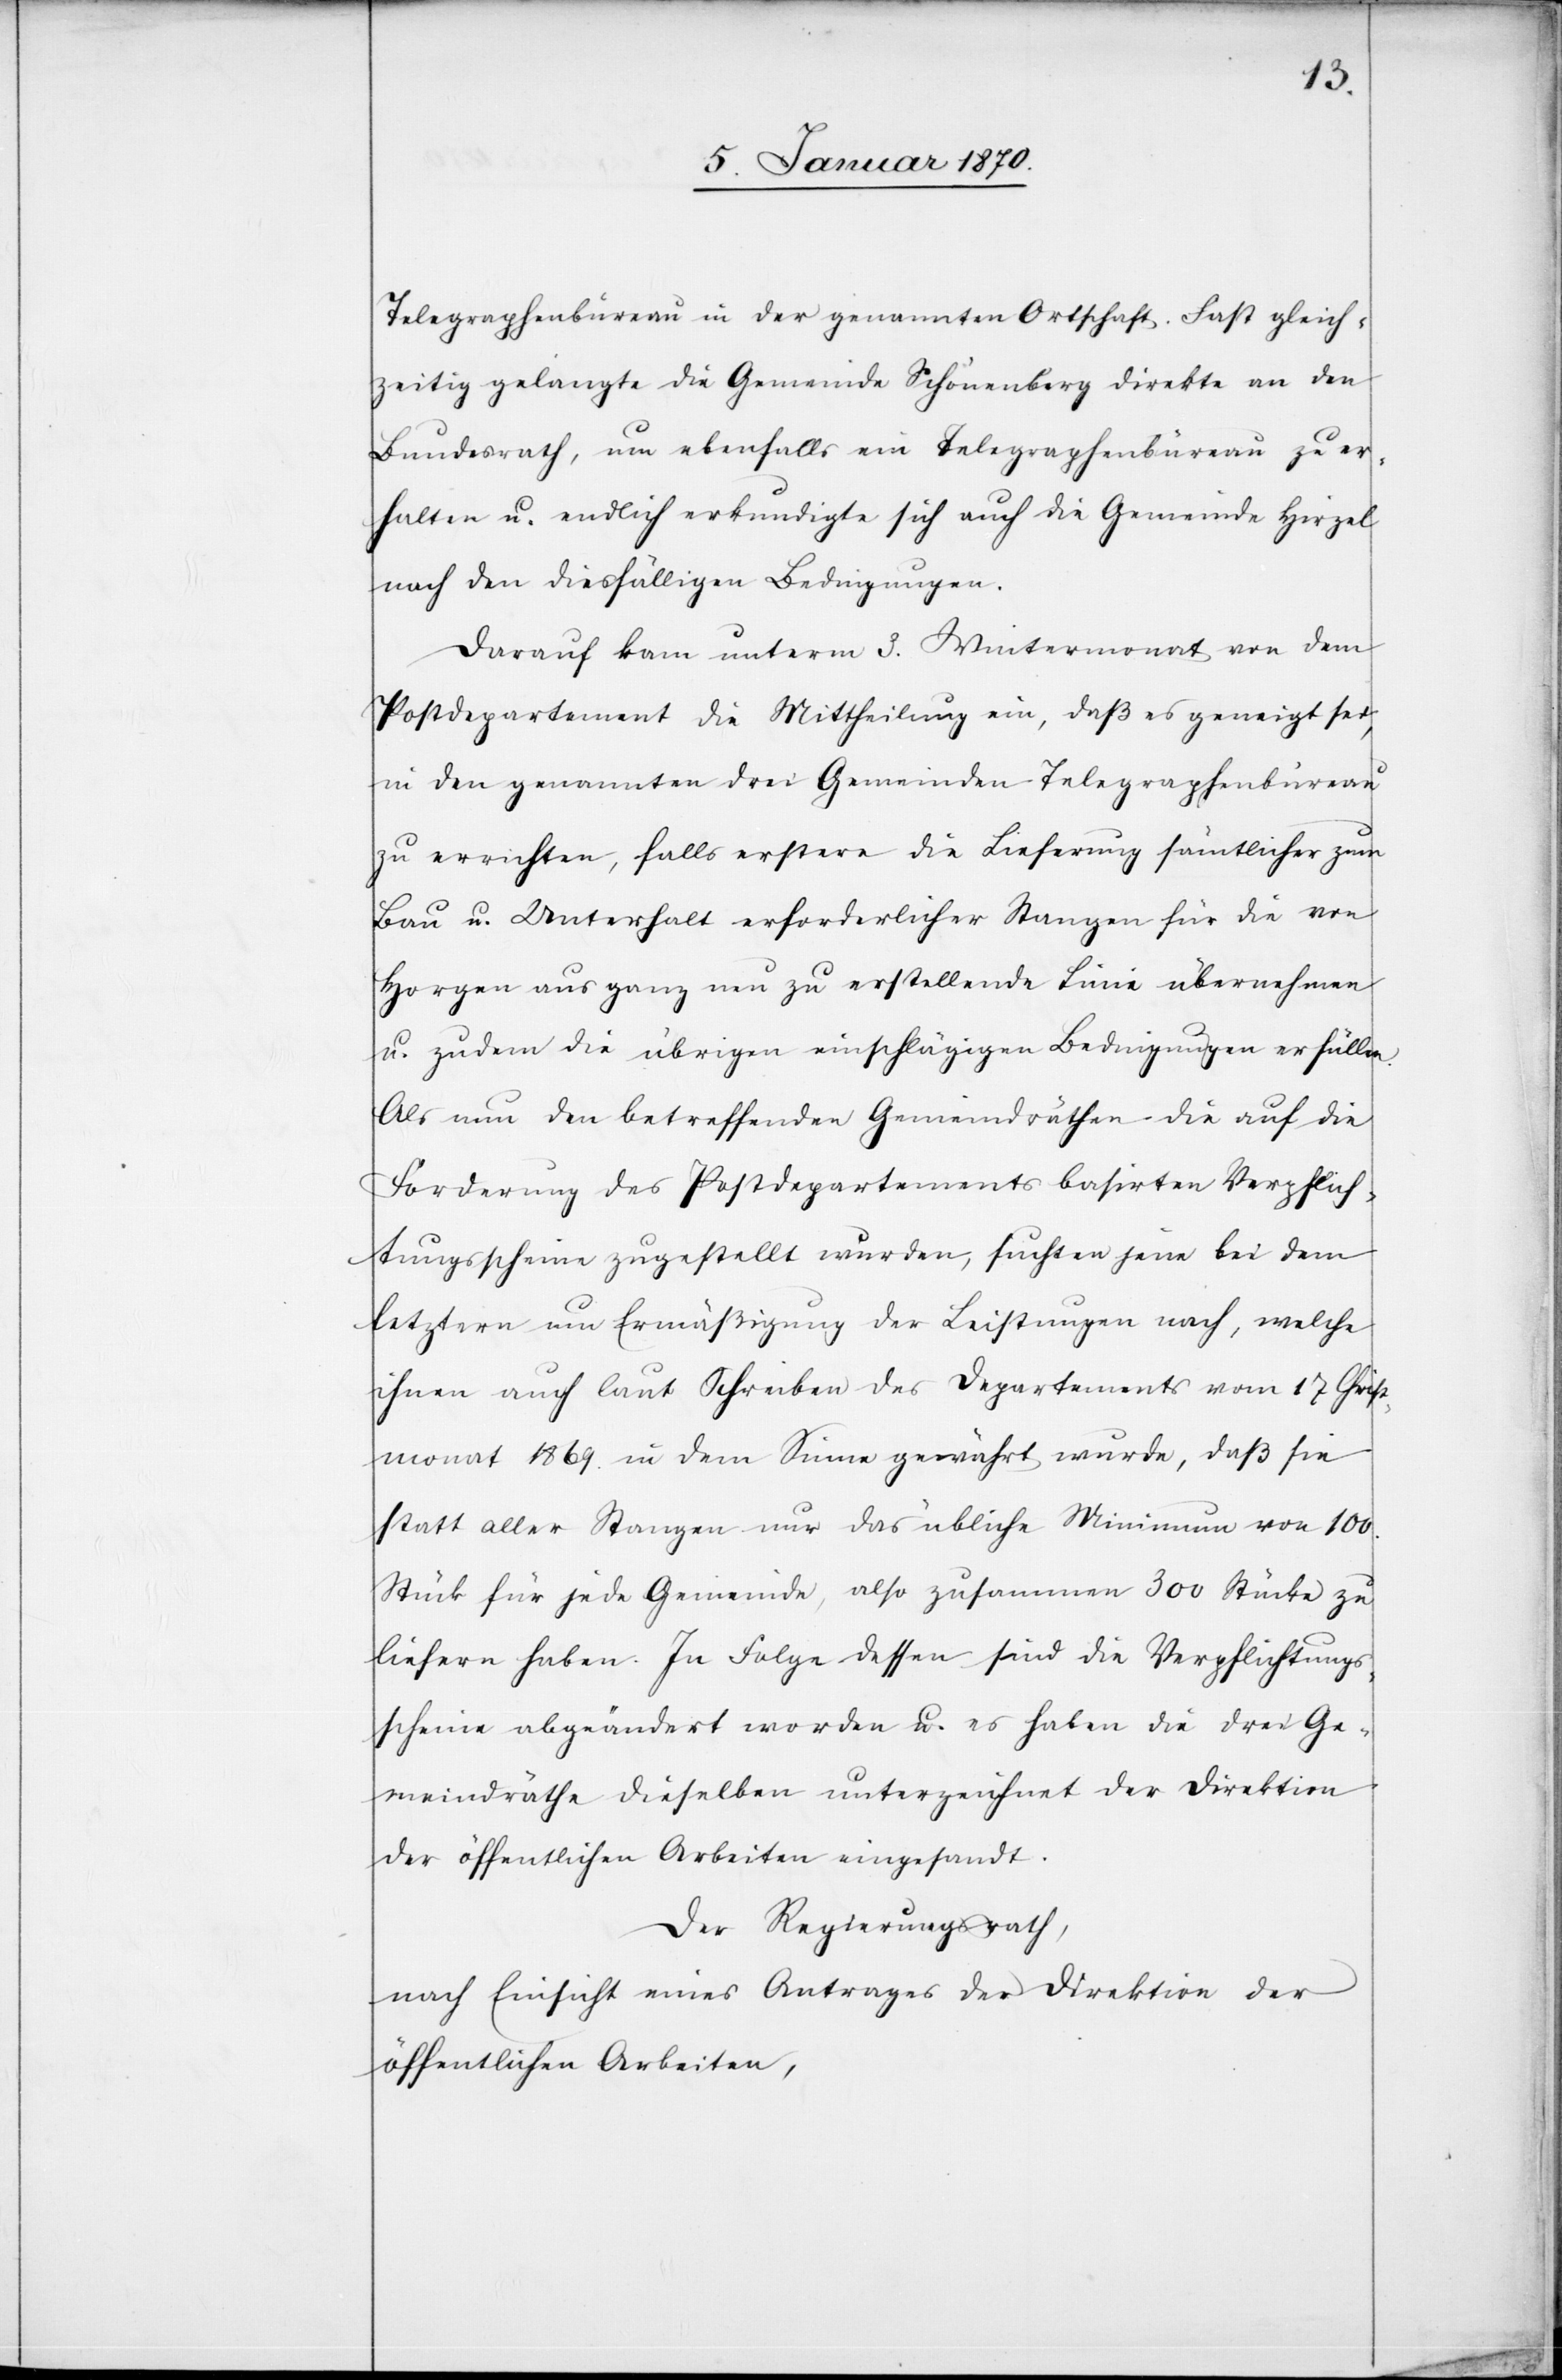
Telegraphenbüreau in der genannten Ortschaft. Fast gleich¬
zeitig gelangte die Gemeinde Schönenberg direkte an den
Bundesrath, um ebenfalls ein Telegraphenbüreau zu er¬
halten u. endlich erkundigte sich auch die Gemeinde Hirzel
nach den diesfälligen Bedingungen.
Darauf kam unterm 3. Wintermonat von dem
Postdepartement die Mittheilung ein, daß es geneigt sei,
in den genannten drei Gemeinden Telegraphenbüreau
zu errichten, falls erstere die Lieferung sämtlicher zum
Bau u. Unterhalt erforderlicher Stangen für die von
Horgen aus ganz neu zu erstellende Linie übernehmen
u. zudem die übrigen einschlägigen Bedingungen erfüllen.
Als nun den betreffenden Gemeindräthen die auf die
Forderung des Postdepartements basirten Verpflich¬
tungsscheine zugestellt wurden, suchten jene bei dem
letztern um Ermäßigung der Leistungen nach, welche
ihnen auch laut Schreiben des Departements vom 17 Christ¬
monat 1869. in dem Sinne gewährt wurde, daß sie
statt aller Stangen nur das übliche Minimum von 100.
Stück für jede Gemeinde, also zusammen 300 Stücke zu
liefern haben. In Folge dessen sind die Verpflichtungs¬
scheine abgeändert worden u. es haben die drei Ge¬
meindräthe dieselben unterzeichnet der Direktion
der öffentlichen Arbeiten eingesandt.
Der Regierungsrath,
nach Einsicht eines Antrages der Direktion der
öffentlichen Arbeiten,